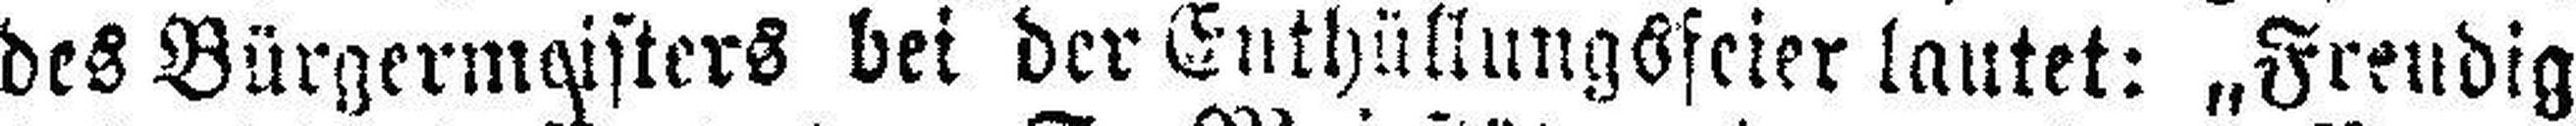
des Bürgermaisters bei der Enthüllungsfeier lautet: „Freudig